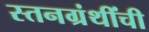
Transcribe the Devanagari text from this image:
स्तनग्रंथींची